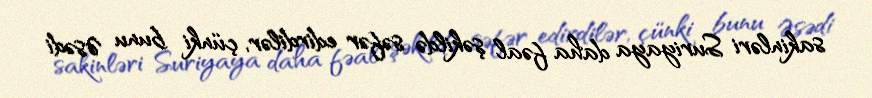
sakinləri Suriyaya daha fəal şəkildə səfər edirdilər, çünki bunu Əsədi